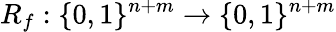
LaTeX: R_{f}:\{ 0,1\} ^{n+m}\rightarrow\{ 0,1\} ^{n+m}